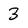
Character: 3